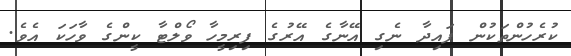
ކުރެހުންތަކުން ފައިދާ ނެގި އޭނާގެ އޭރުގެ ފިރިމީހާ ވޯލްޓާ ކީންގެ ވާހަކަ އެވެ.